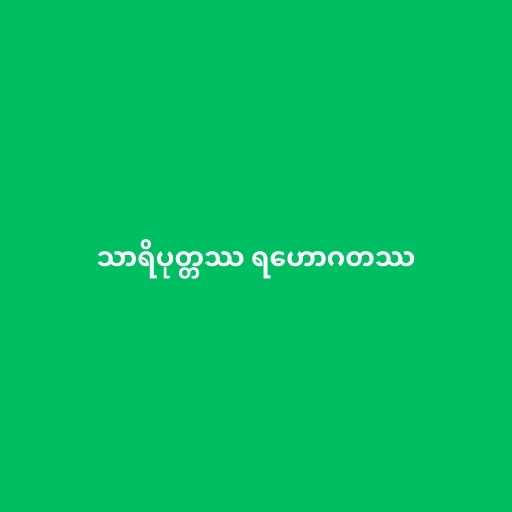
သာရိပုတ္တဿ ရဟောဂတဿ